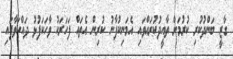
ގާޒީ ބަންދުކުރި ކުރުމަށް ތާއީދުކުރައްވައި އެމަނިކުފާނު ކުރިން އެތައް ފަހަރަކު ވާހަކަފުޅު ދައްކަވާފައި